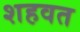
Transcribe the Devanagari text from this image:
शहवत